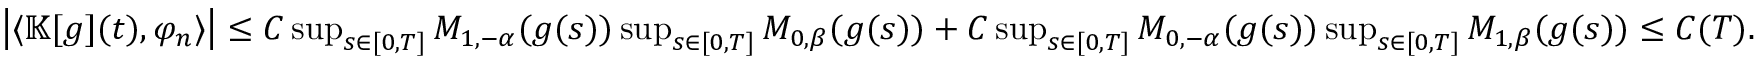
\begin{array} { r } { \big | \langle \mathbb { K } [ g ] ( t ) , \varphi _ { n } \rangle \big | \leq C \operatorname* { s u p } _ { s \in [ 0 , T ] } M _ { 1 , - \alpha } ( g ( s ) ) \operatorname* { s u p } _ { s \in [ 0 , T ] } M _ { 0 , \beta } ( g ( s ) ) + C \operatorname* { s u p } _ { s \in [ 0 , T ] } M _ { 0 , - \alpha } ( g ( s ) ) \operatorname* { s u p } _ { s \in [ 0 , T ] } M _ { 1 , \beta } ( g ( s ) ) \leq C ( T ) . } \end{array}